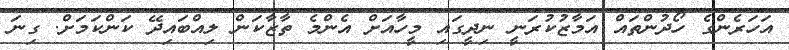
އަހަރެންގެ ހޯދުންތައް އަމާޒުކުރަނީ ނިދީގައި މީހާއަށް އެންމެ ތާޒާކަން ލިއްބައިދޭ ކަންކަމަށް. ގިނަ